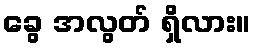
ခွေ အလွတ် ရှိလား။